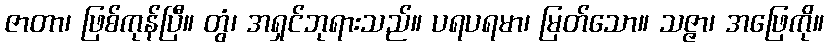
ဇာတာ၊ ဖြစ်ကုန်ပြီ။ တွံ၊ အရှင်ဘုရားသည်။ ပရပရမာ၊ မြတ်သော။ သဇ္ဇာ၊ အဖြေကို။